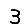
Digit: 3